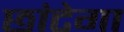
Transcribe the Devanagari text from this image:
छांटेगा